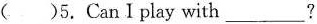
( )5.CanⅠplay with___?